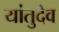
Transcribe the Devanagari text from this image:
यांतुदेव